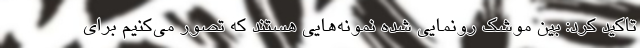
تاکید کرد: بین موشک رونمایی شده نمونه‌هایی هستند که تصور می‌کنیم برای